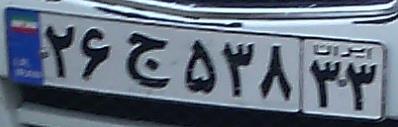
۲۶ج۵۳۸۳۳